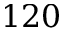
1 2 0